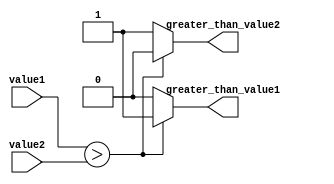
module magnitude_comparator (
    input signed [31:0] value1,
    input signed [31:0] value2,
    output reg greater_than_value1,
    output reg greater_than_value2
);

always @* begin
    if (value1 > value2) begin
        greater_than_value1 = 1;
        greater_than_value2 = 0;
    end else begin
        greater_than_value1 = 0;
        greater_than_value2 = 1;
    end
end

endmodule